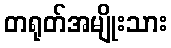
တရုတ်အမျိုးသား